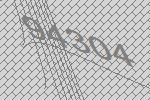
94304